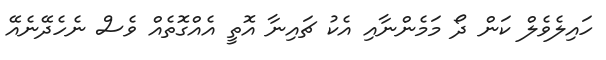
ހައިލެވެލް ކަން ދޯ މަމެންނާއި އެކު ޗައިނާ އޮތީ އެއްގޮތެއް ވެސް ނެހެދޭނެއޭ